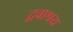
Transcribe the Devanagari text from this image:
द्ववाश्रय